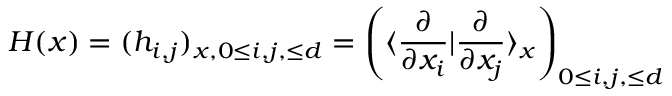
H ( x ) = ( h _ { i , j } ) _ { x , 0 \leq i , j , \leq d } = \left( \langle \frac { \partial } { \partial x _ { i } } | \frac { \partial } { \partial x _ { j } } \rangle _ { x } \right) _ { 0 \leq i , j , \leq d }